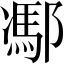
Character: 𨝭